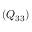
( Q _ { 3 3 } )